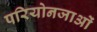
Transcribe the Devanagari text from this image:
परियोनजाओं